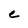
Character: C